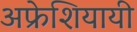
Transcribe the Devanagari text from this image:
अफ्रेशियायी